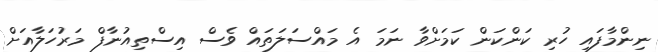
ނިންމާފައި ހުރި ކަންކަން ކަމަށްވާ ނަމަ އެ މައްސަލަތައް ވެސް އިސްތިއުނާފް މަރުހަލާއަށް